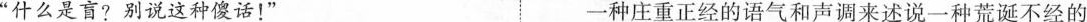
”什么是盲?别说这种傻话！” 一种庄重正经的语气和声调来述说一种荒诞不经的